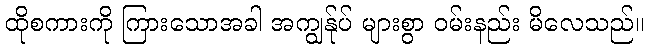
ထိုစကားကို ကြားသောအခါ အကျွန်ုပ် များစွာ ဝမ်းနည်း မိလေသည်။